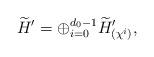
LaTeX: \begin{align*}\widetilde H^\prime = \oplus_{i=0}^{d_0-1} \widetilde H^\prime_{(\chi^i)},\end{align*}